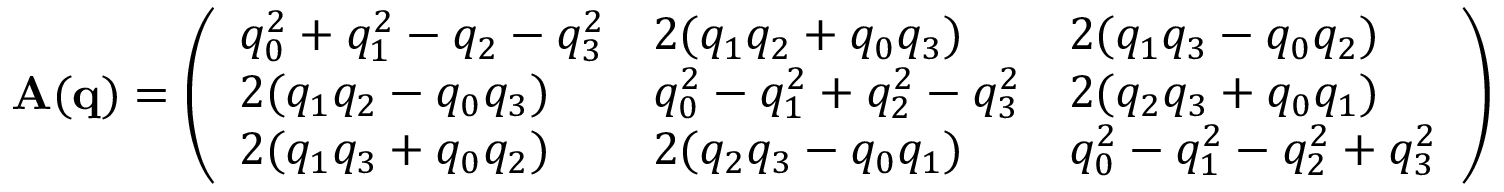
\begin{array} { r } { \mathbf { A ( q ) } = \left( \begin{array} { l l l } { q _ { 0 } ^ { 2 } + q _ { 1 } ^ { 2 } - q _ { 2 } - q _ { 3 } ^ { 2 } } & { 2 ( q _ { 1 } q _ { 2 } + q _ { 0 } q _ { 3 } ) } & { 2 ( q _ { 1 } q _ { 3 } - q _ { 0 } q _ { 2 } ) } \\ { 2 ( q _ { 1 } q _ { 2 } - q _ { 0 } q _ { 3 } ) } & { q _ { 0 } ^ { 2 } - q _ { 1 } ^ { 2 } + q _ { 2 } ^ { 2 } - q _ { 3 } ^ { 2 } } & { 2 ( q _ { 2 } q _ { 3 } + q _ { 0 } q _ { 1 } ) } \\ { 2 ( q _ { 1 } q _ { 3 } + q _ { 0 } q _ { 2 } ) } & { 2 ( q _ { 2 } q _ { 3 } - q _ { 0 } q _ { 1 } ) } & { q _ { 0 } ^ { 2 } - q _ { 1 } ^ { 2 } - q _ { 2 } ^ { 2 } + q _ { 3 } ^ { 2 } } \end{array} \right) } \end{array}